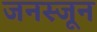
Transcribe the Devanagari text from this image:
जनस्जून